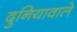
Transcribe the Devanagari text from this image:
दुनियावाले